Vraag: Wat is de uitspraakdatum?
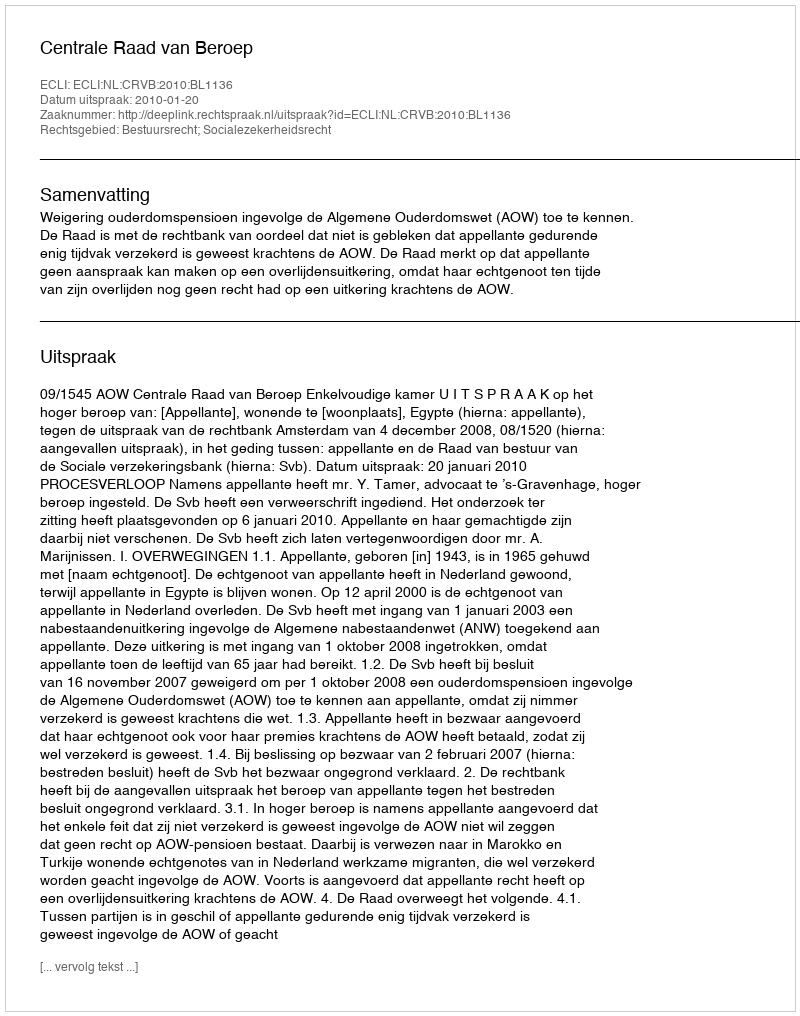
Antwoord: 2010-01-20